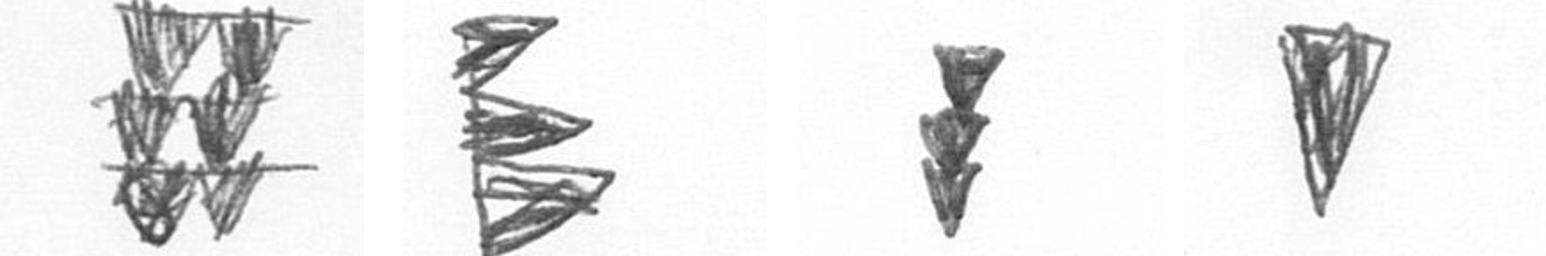
Y H E J